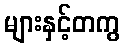
များနှင့်တကွ